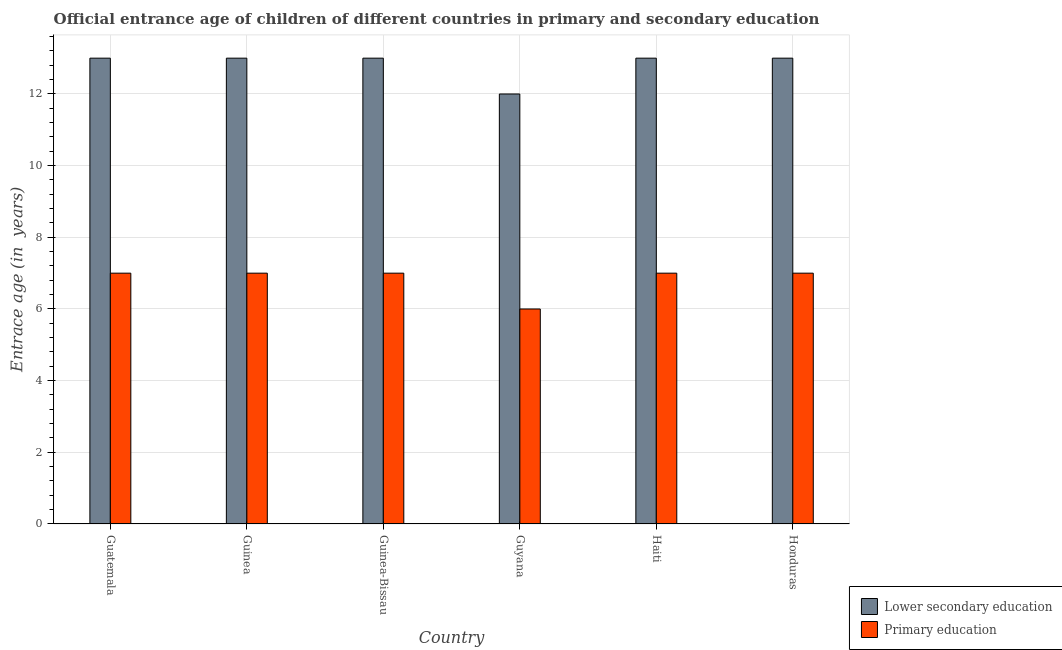
| Country | Lower secondary education | Primary education |
 | --- | --- | --- |
 | Guatemala | 13 | 7 |
 | Guinea | 13 | 7 |
 | Guinea-Bissau | 13 | 7 |
 | Guyana | 12 | 6 |
 | Haiti | 13 | 7 |
 | Honduras | 13 | 7 |